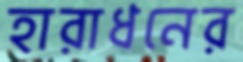
হারাধনের